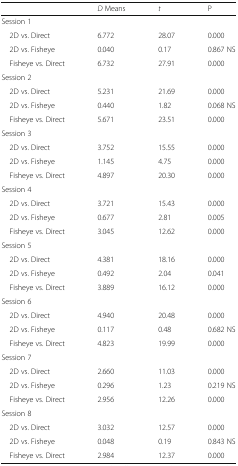
|  | D Means | t | P |
 | --- | --- | --- | --- |
 | <COLSPAN=4> Session 1 |
 | 2D vs. Direct | 6.772 | 28.07 | 0.000 |
 | 2D vs. Fisheye | 0.040 | 0.17 | 0.867 NS |
 | Fisheye vs. Direct | 6.732 | 27.91 | 0.000 |
 | <COLSPAN=4> Session 2 |
 | 2D vs. Direct | 5.231 | 21.69 | 0.000 |
 | 2D vs. Fisheye | 0.440 | 1.82 | 0.068 NS |
 | Fisheye vs. Direct | 5.671 | 23.51 | 0.000 |
 | <COLSPAN=4> Session 3 |
 | 2D vs. Direct | 3.752 | 15.55 | 0.000 |
 | 2D vs. Fisheye | 1.145 | 4.75 | 0.000 |
 | Fisheye vs. Direct | 4.897 | 20.30 | 0.000 |
 | <COLSPAN=4> Session 4 |
 | 2D vs. Direct | 3.721 | 15.43 | 0.000 |
 | 2D vs. Fisheye | 0.677 | 2.81 | 0.005 |
 | Fisheye vs. Direct | 3.045 | 12.62 | 0.000 |
 | <COLSPAN=4> Session 5 |
 | 2D vs. Direct | 4.381 | 18.16 | 0.000 |
 | 2D vs. Fisheye | 0.492 | 2.04 | 0.041 |
 | Fisheye vs. Direct | 3.889 | 16.12 | 0.000 |
 | <COLSPAN=4> Session 6 |
 | 2D vs. Direct | 4.940 | 20.48 | 0.000 |
 | 2D vs. Fisheye | 0.117 | 0.48 | 0.682 NS |
 | Fisheye vs. Direct | 4.823 | 19.99 | 0.000 |
 | <COLSPAN=4> Session 7 |
 | 2D vs. Direct | 2.660 | 11.03 | 0.000 |
 | 2D vs. Fisheye | 0.296 | 1.23 | 0.219 NS |
 | Fisheye vs. Direct | 2.956 | 12.26 | 0.000 |
 | <COLSPAN=4> Session 8 |
 | 2D vs. Direct | 3.032 | 12.57 | 0.000 |
 | 2D vs. Fisheye | 0.048 | 0.19 | 0.843 NS |
 | Fisheye vs. Direct | 2.984 | 12.37 | 0.000 |